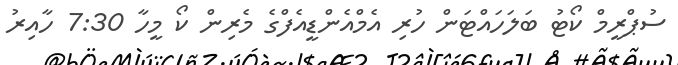
ސުޕްރީމް ކޯޓު ބަލަހައްޓަން ހުރި އެމްއެންޑީއެފްގެ މެރިން ކޯ މީހާ 7:30 ހާއިރު